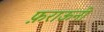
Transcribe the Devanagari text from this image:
फ़राऊनी